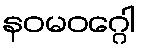
နဝမဝဂ္ဂေါ